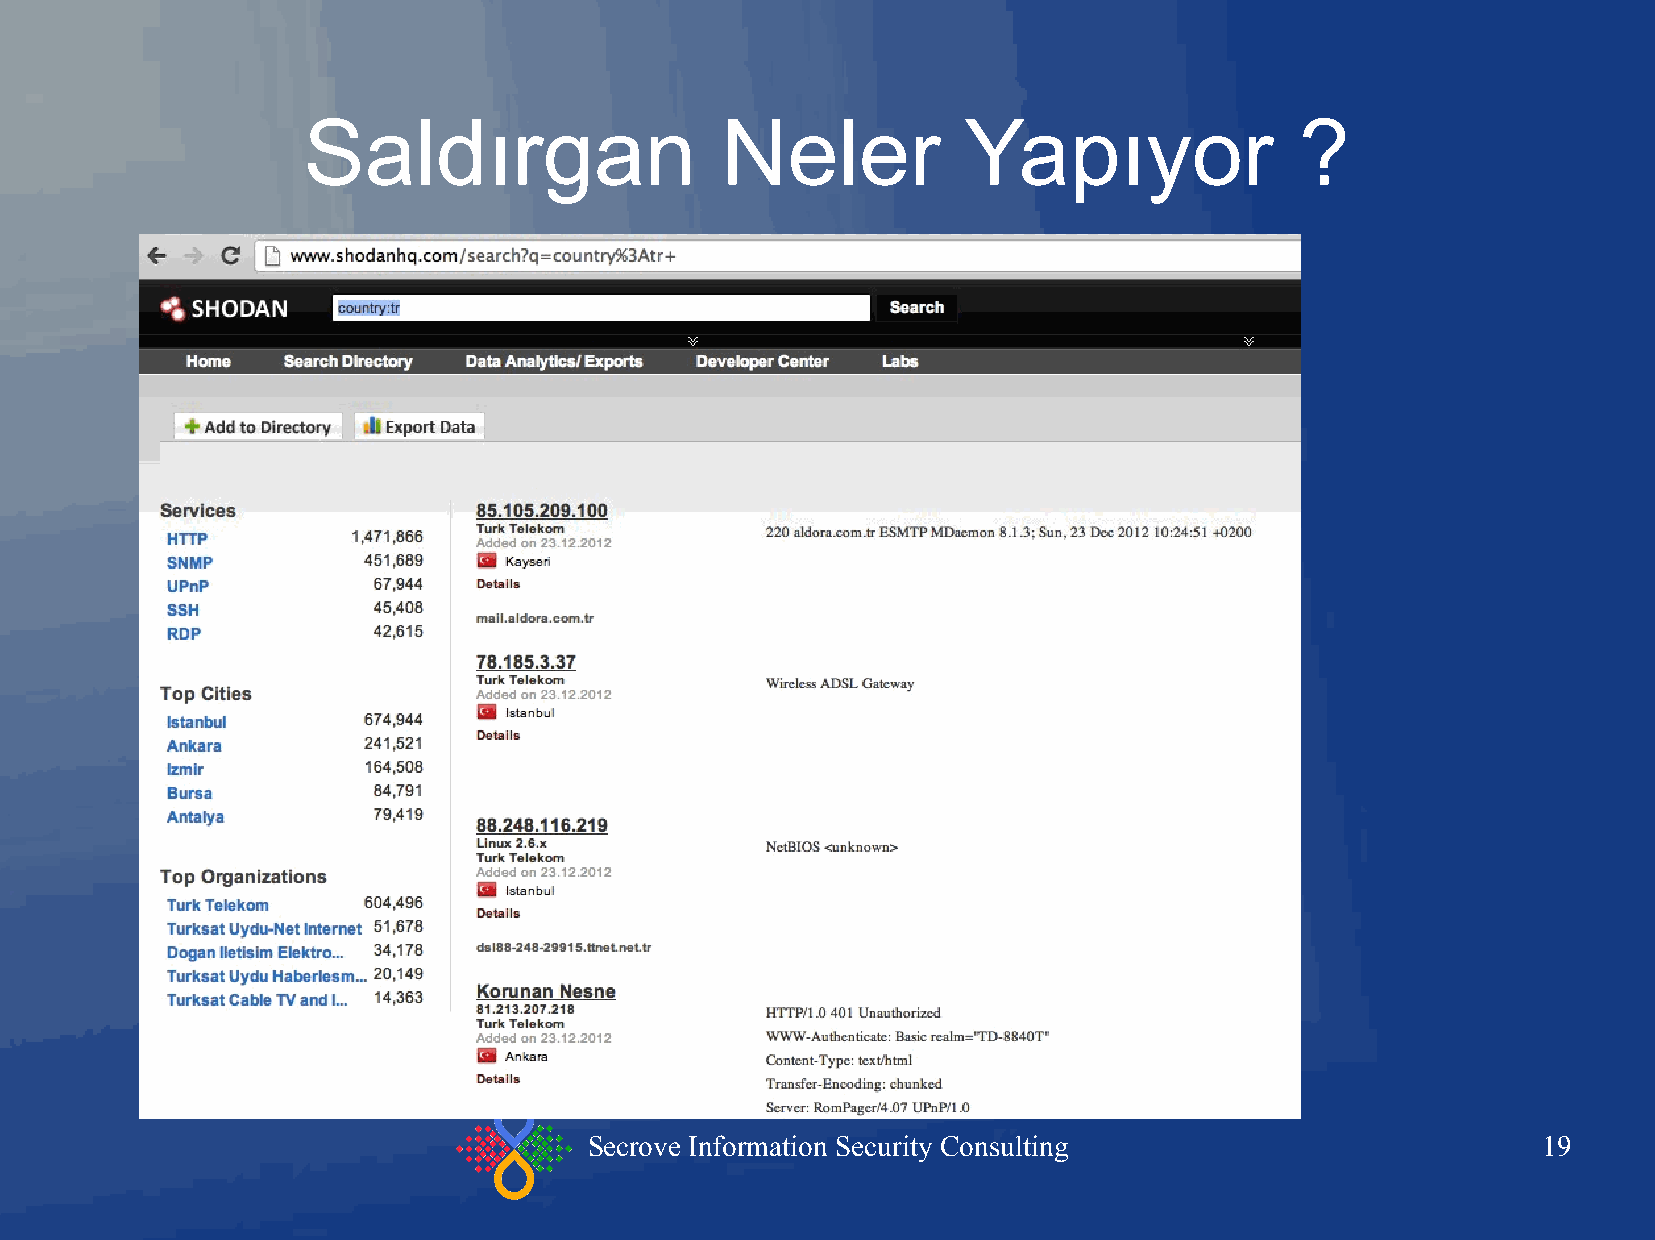
Saldırgan                   Neler           Yapıyor               ?
 Secrove Information Security Consulting                        19